Civil Veterinary Department Bihar reports 1940-50 - 1940-1950
Year: 1940
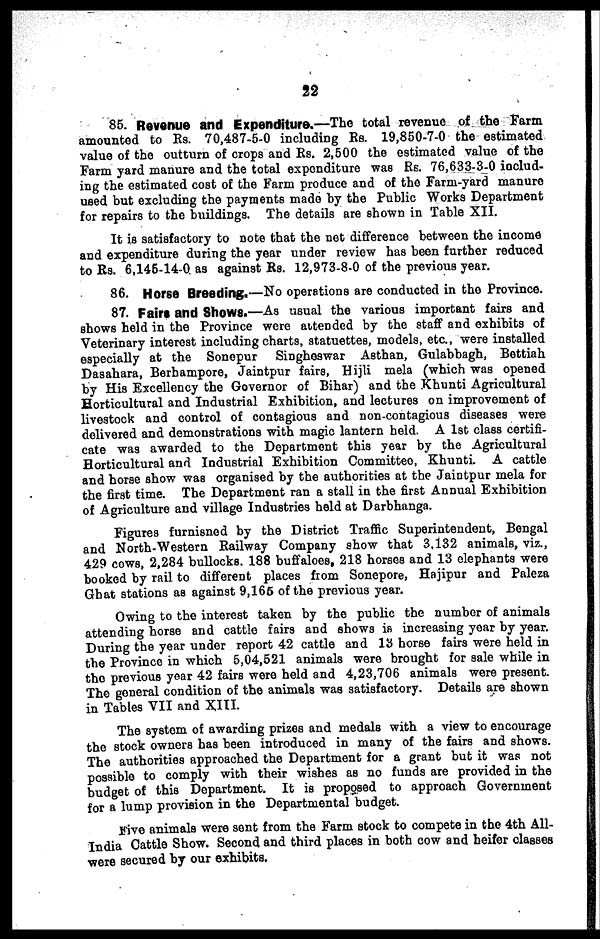
22
85. Revenue and Expenditure.—The total revenue of the farm
amounted to Rs. 70,487-5-0 including Rs. 19,850-7-0 the estimated
value of the outturn of crops and Rs. 2,500 the estimated value of the
Farm yard manure and the total expenditure was Rs. 76,633-3-0 includ-
ing the estimated cost of the Farm produce and of the Farm-yard manure
used but excluding the payments made by the Public Works Department
for repairs to the buildings. The details are shown in Table XII.
It is satisfactory to note that the net difference between the income
and expenditure during the year under review has been further reduced
to Rs. 6,145-14-0. as against Rs. 12,973-8-0 of the previous year.
86. Horse Breeding.—No operations are conducted in the Province.
87. Fairs and Shows.—As usual the various important fairs and
shows held in the Province were attended by the staff and exhibits of
Veterinary interest including charts, statuettes, models, etc., were installed
especially at the Sonepur Singheswar Asthan, Gulabbagh, Bettiah
Dasahara, Berhampore, Jaintpur fairs, Hijli mela (which was opened
by His Excellency the Governor of Bihar) and the Khunti Agricultural
Horticultural and Industrial Exhibition, and lectures on improvement of
livestock and control of contagious and non-contagious diseases were
delivered and demonstrations with magic lantern held. A 1st class certifi-
cate was awarded to the Department this year by the Agricultural
Horticultural and Industrial Exhibition Committee, Khunti. A cattle
and horse show was organised by the authorities at the Jaintpur mela for
the first time. The Department ran a stall in the first Annual Exhibition
of Agriculture and village Industries held at Darbhanga.
Figures furnisned by the District Traffic Superintendent, Bengal
and North-Western Railway Company show that 3,132 animals, viz.,
429 cows, 2,284 bullocks. 188 buffaloes, 218 horses and 13 elephants were
booked by rail to different places from Sonepore, Hajipur and Paleza
Ghat stations as against 9,165 of the previous year.
Owing to the interest taken by the public the number of animals
attending horse and cattle fairs and shows is increasing year by year.
During the year under report 42 cattle and 13 horse fairs were held in
the Province in which 5,04,521 animals were brought for sale while in
the previous year 42 fairs were held and 4,23,706 animals were present.
The general condition of the animals was satisfactory. Details are shown
in Tables VII and XIII.
The system of awarding prizes and medals with a view to encourage
the stock owners has been introduced in many of the fairs and shows.
The authorities approached the Department for a grant but it was not
possible to comply with their wishes as no funds are provided in the
budget of this Department. It is proposed to approach Government
for a lump provision in the Departmental budget.
Five animals were sent from the Farm stock to compete in the 4th All-
India Cattle Show. Second and third places in both cow and heifer classes
were secured by our exhibits.